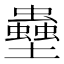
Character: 𫯀